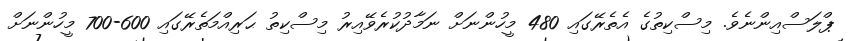
ޕްލަސްއިންނެވެ. މިސްކިތުގެ އެތެރޭގައި 480 މީހުންނަށް ނަމާދުކުރެވޭއިރު މިސްކިތު ޙަރިއްމަތެރޭގައި 600-700 މީހުންނަށް